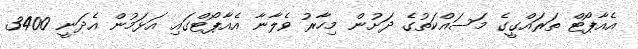
އެއާޕޯޓް ތަރައްގީގެ މަސައްކަތުގެ ދަށުން މިހާރު ވެލާނާ އެއާޕޯޓްގައި އަޅަމުން އެދަނީ 3400